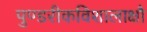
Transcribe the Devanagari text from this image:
पुण्डरीकविशालाक्षौ